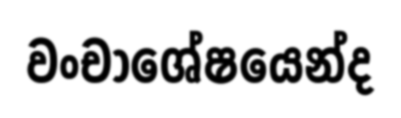
වංචාශේෂයෙන්ද